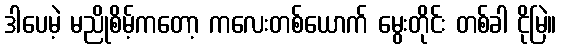
ဒါပေမဲ့ မညိုစိမ့်ကတော့ ကလေးတစ်ယောက် မွေးတိုင်း တစ်ခါ ငိုမြဲ။